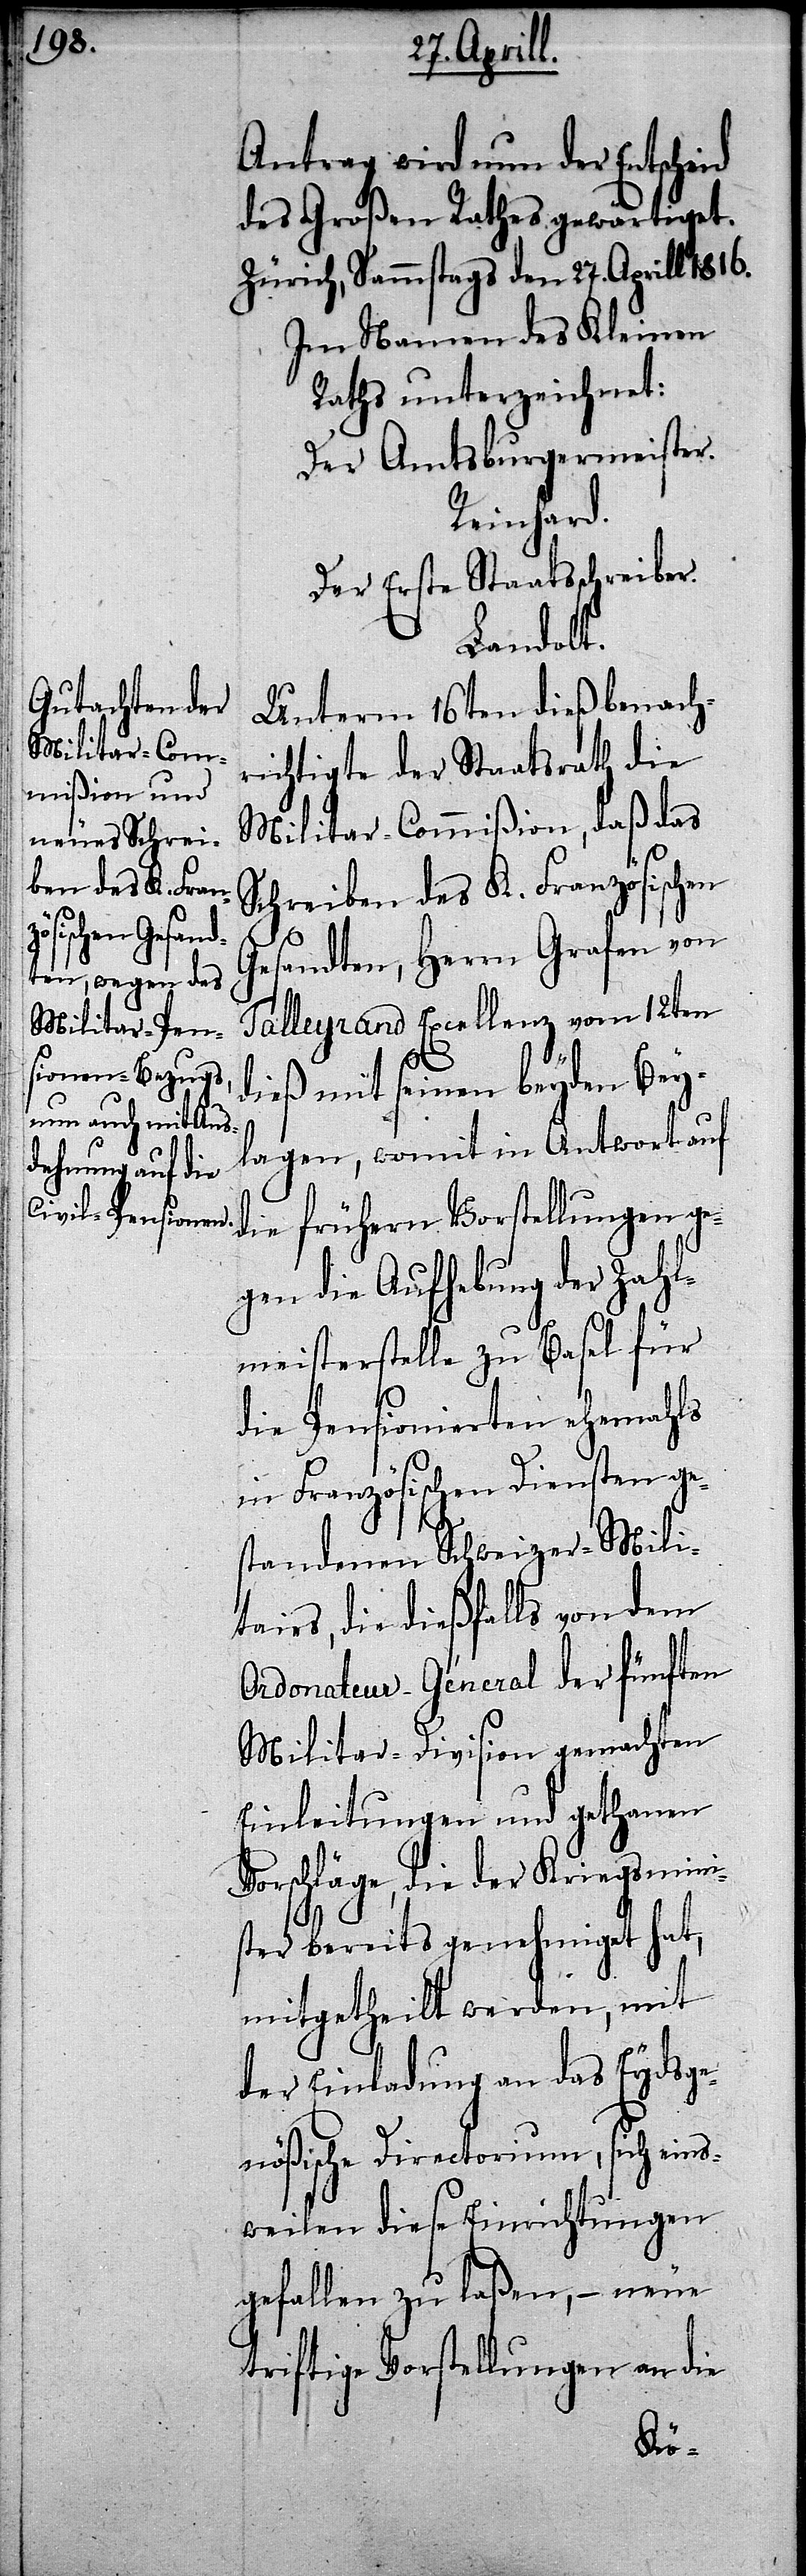
Antrag wird nun der Entscheid
des Großen Rathes gewärtiget.
Zürich, Sammstags den 27. Aprill 1816.
Im Namen des Kleinen
Raths unterzeichnet:
Der Amtsburgermeister.
Reinhard.
Der Erste Staatsschreiber.
Landolt.
Unterm 16ten dieß benach¬
richtigte der Staatsrath die
Militar-Commißion, daß das
Schreiben des K. Französischen
Gesandten, Herrn Grafen von
Talleyrand Excellenz vom 12ten
dieß mit seinen beyden Bey¬
lagen, womit in Antwort auf
die frühern Vorstellungen ge¬
gen die Aufhebung der Zahl¬
meisterstelle zu Basel für
die Pensionierten ehemahls
in Französischen Diensten ge¬
standenen Schweizer-Mili¬
tairs, die dießfalls von dem
Ordonateur-Géneral der fünften
Militar-Division gemachten
Einleitungen und gethanen
Vorschläge, die der Kriegsmini¬
ster bereits genehmiget hat,
mitgetheilt werden, mit
der Einladung an das Eydsge¬
nößische Directorium, sich eins¬
weilen diese Einrichtungen
gefallen zu laßen, – neue
triftige Vorstellungen an die